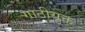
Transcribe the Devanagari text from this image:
गाठीयुक्त